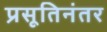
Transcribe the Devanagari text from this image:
प्रसूतिनंतर